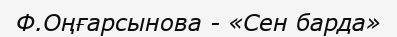
Ф.Оңғарсынова - «Сен барда»